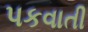
પકવાતી